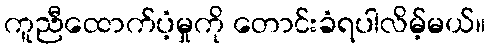
ကူညီထောက်ပံ့မှုကို တောင်းခံရပါလိမ့်မယ်။